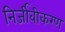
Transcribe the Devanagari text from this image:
निर्जीवीकरण